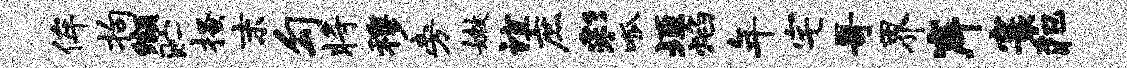
侔拘缬贮搔末勾将穆旁嫩谊庶彩呱垣焰年宅哥界岸寰犯